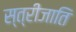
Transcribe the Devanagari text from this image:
स्त्रीजाति